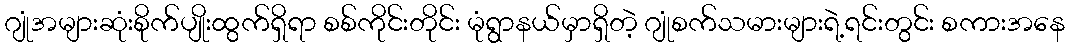
ဂျုံအများဆုံးစိုက်ပျိုးထွက်ရှိရာ စစ်ကိုင်းတိုင်း မုံရွာနယ်မှာရှိတဲ့ ဂျုံစက်သမားများရဲ့ရင်းတွင်း စကားအနေ